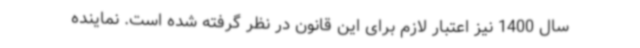
سال 1400 نیز اعتبار لازم برای این قانون در نظر گرفته شده است. نماینده